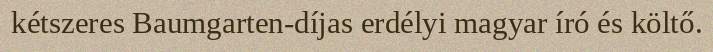
kétszeres Baumgarten-díjas erdélyi magyar író és költő.